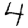
Digit: 4